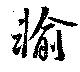
輸